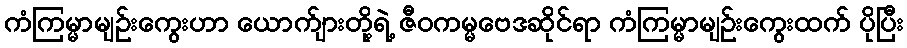
ကံကြမ္မာမျဉ်းကွေးဟာ ယောက်ျားတို့ရဲ့ ဇီဝကမ္မဗေဒဆိုင်ရာ ကံကြမ္မာမျဉ်းကွေးထက် ပိုပြီး